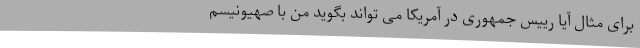
برای مثال آیا رییس جمهوری در آمریکا می تواند بگوید من با صهیونیسم